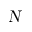
\textsl { N }